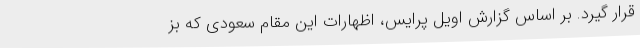
قرار گیرد. بر اساس گزارش اویل پرایس، اظهارات این مقام سعودی که بز